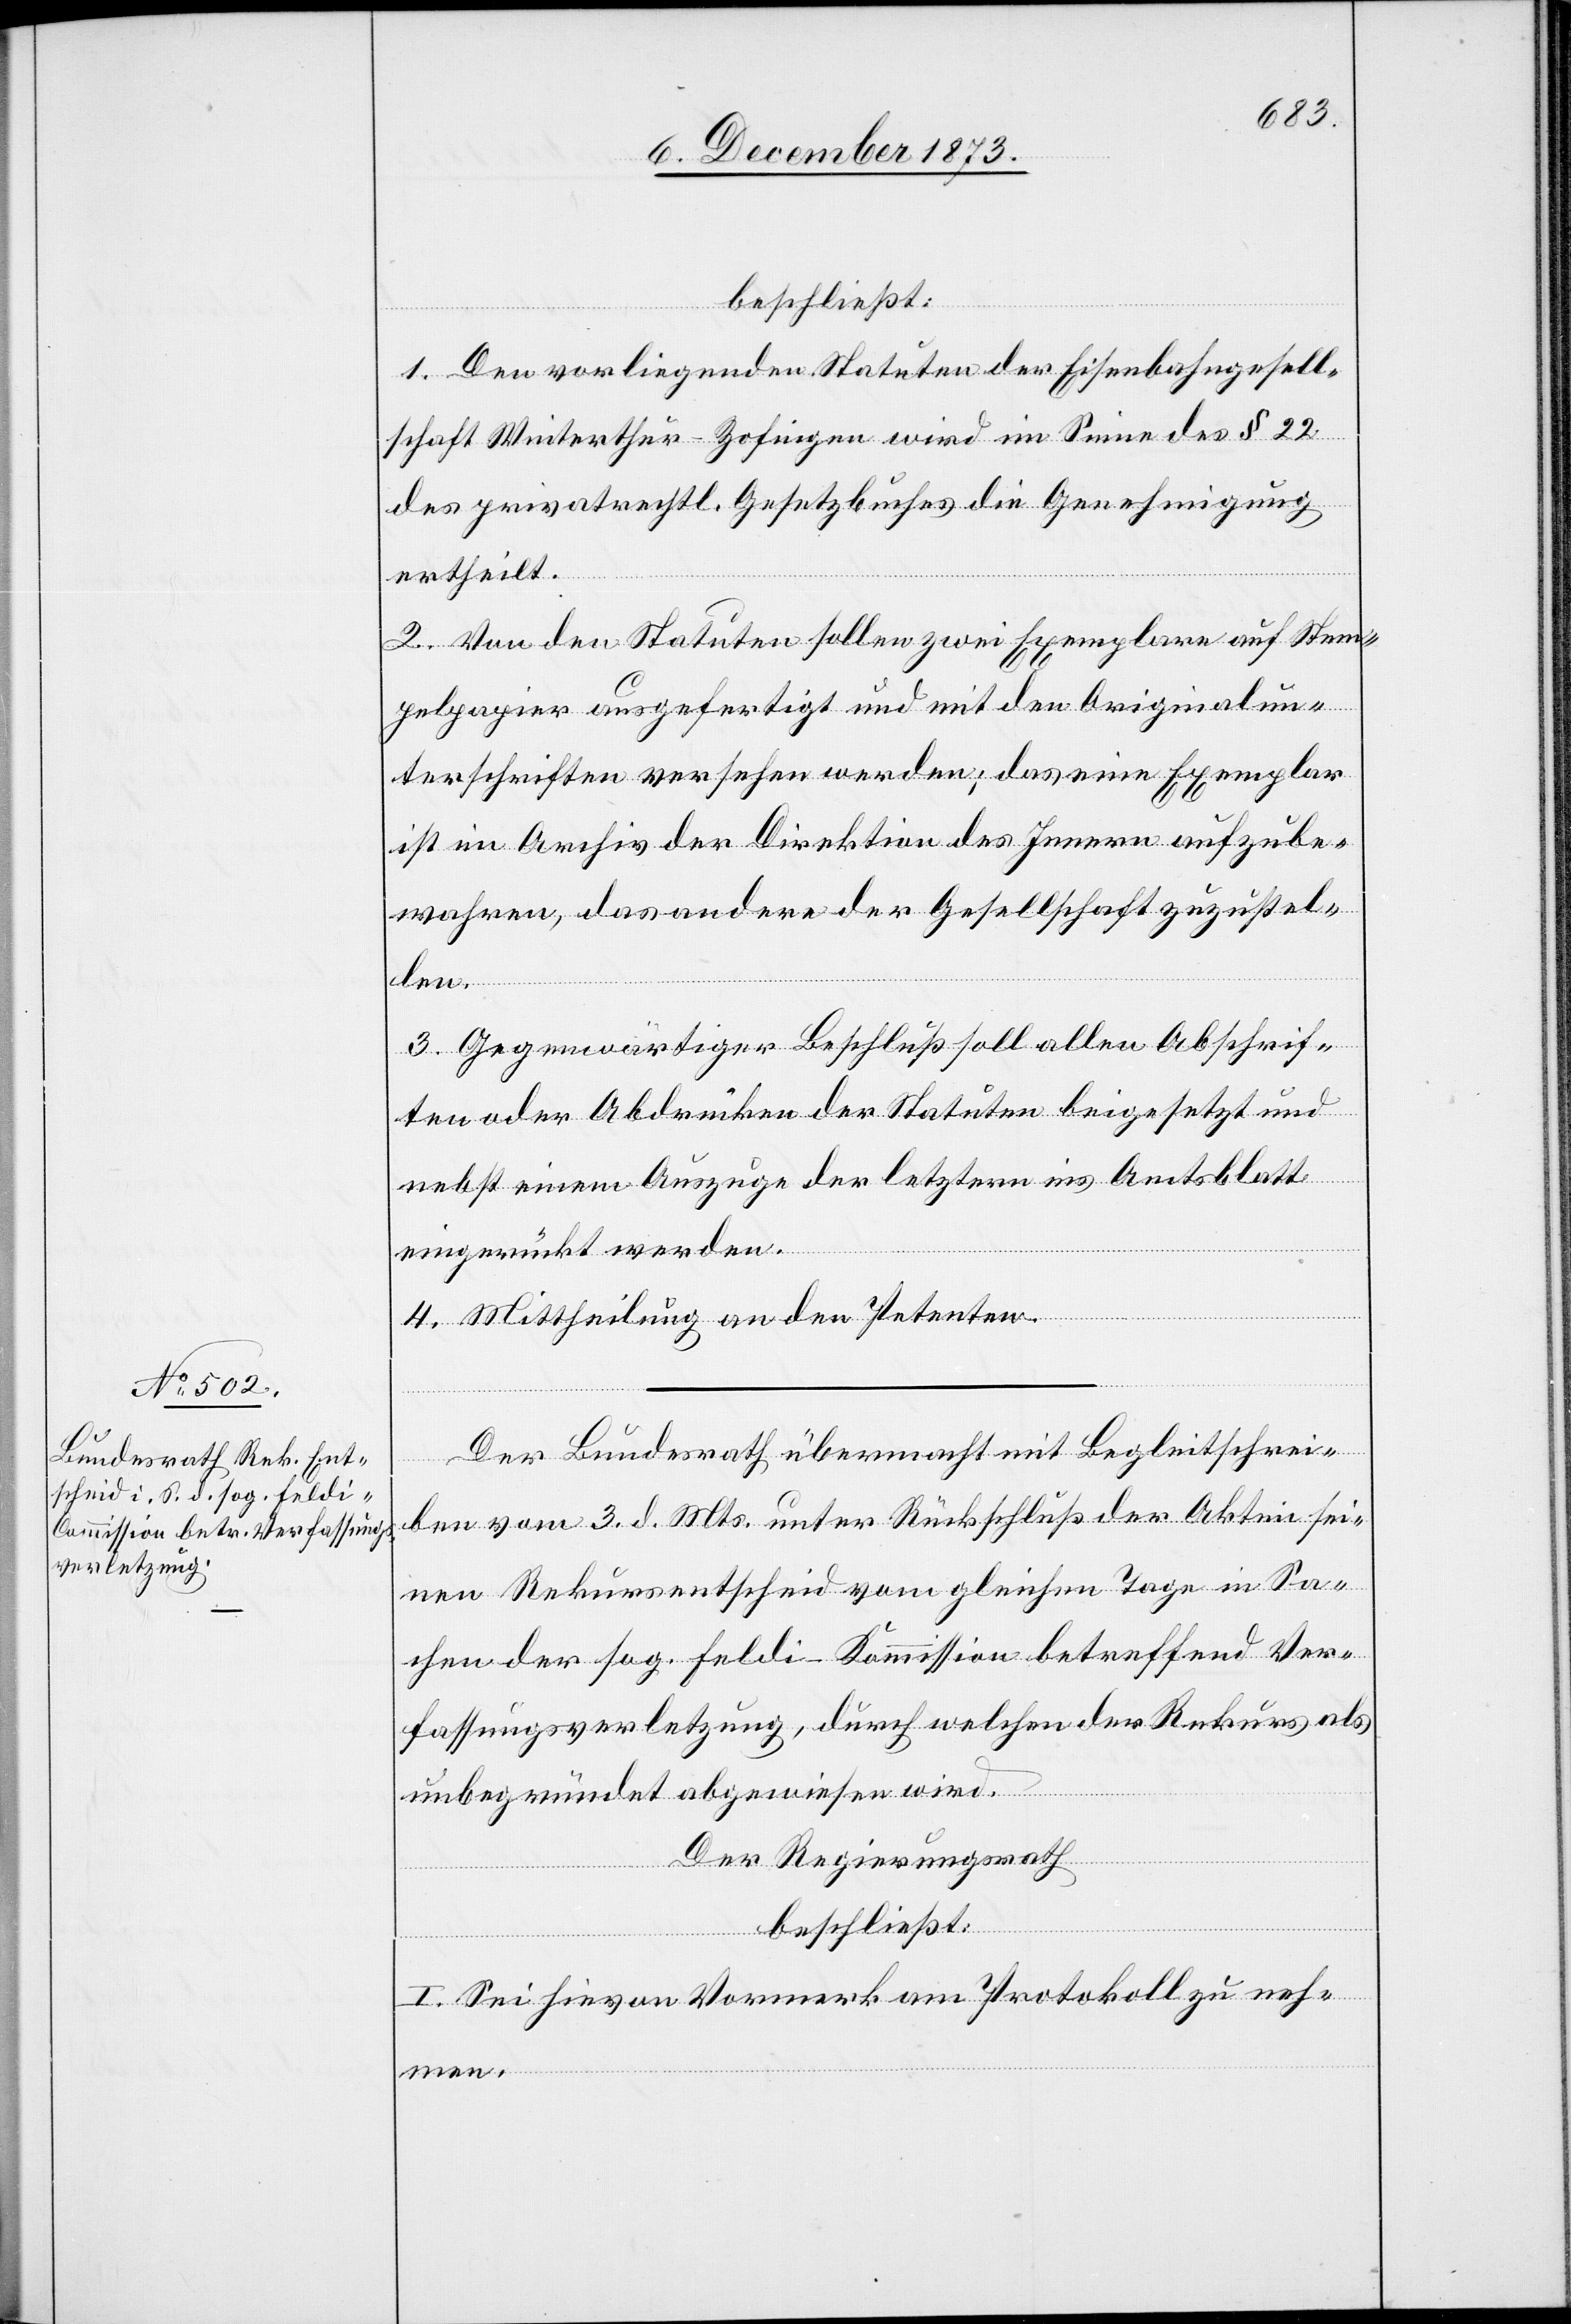
beschließt:
1. Den vorliegenden Statuten der Eisenbahngesell¬
schaft Winterthur–Zofingen wird im Sinne des § 22
des privatrechtl. Gesetzbuches die Genehmigung
ertheilt.
2. Von den Statuten sollen zwei Exemplare auf Stem¬
pelpapier ausgefertigt und mit den Originalun¬
terschriften versehen werden; das eine Exemplar
ist im Archiv der Direktion des Innern aufzube¬
wahren, das andere der Gesellschaft zuzustel¬
len.
3. Gegenwärtiger Beschluß soll allen Abschrif¬
ten oder Abdrücken der Statuten beigesetzt und
nebst einem Auszuge der letztern ins Amtsblatt
eingerückt werden.
4. Mittheilung an den Petenten.
Der Bundesrath übermacht mit Begleitschrei¬
ben vom 3. d. Mts. unter Rückschluß der Akten sei¬
nen Rekursentscheid vom gleichen Tage in Sa¬
chen der sog. Feldi-Kommission betreffend Ver¬
fassungsverletzung, durch welchen der Rekurs als
unbegründet abgewiesen wird.
Der Regierungsrath
beschließt:
I. Sei hievon Vormerk am Protokoll zu neh¬
men.